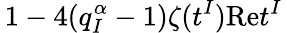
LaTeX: \, 1-4(q_{I}^{\alpha}-1)\zeta(t^{I})\mathrm{Re}t^{I}\,